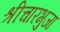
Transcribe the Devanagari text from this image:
श्रीचारभुजा